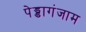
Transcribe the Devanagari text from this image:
पेड्डागंजाम